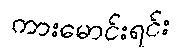
ကားမောင်းရင်း